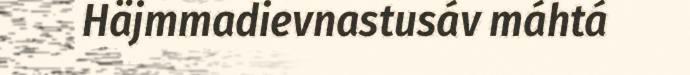
Häjmmadievnastusáv máhtá